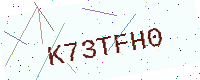
Text: K73TFH0